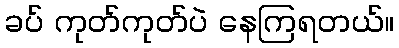
ခပ် ကုတ်ကုတ်ပဲ နေကြရတယ်။